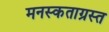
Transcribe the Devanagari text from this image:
मनस्कताग्रस्त